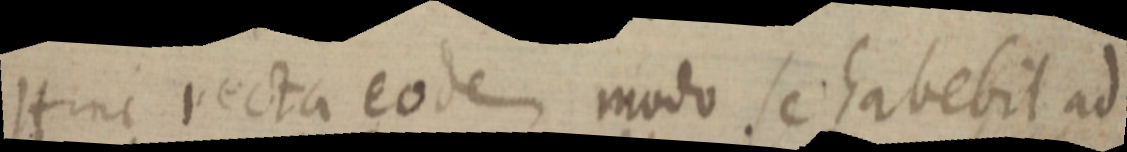
Hinc recta eodem modo se habebit ad